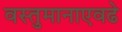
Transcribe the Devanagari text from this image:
वस्तुमानाएवढे